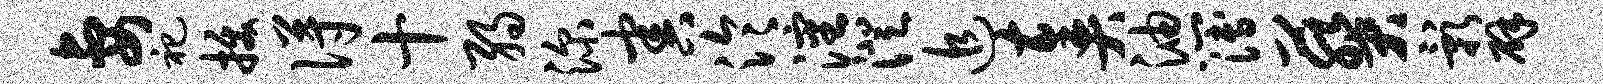
妻祀拔得十弱深害泠沈澄追奏油簿葵影辟